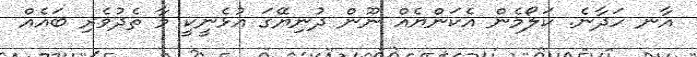
އާނ ހަދާނެ. ކަލޯމެން އެކަންޔެއް ނޫން ދުނިޔޭގަ އުޅެނީކީ މާ ތެދުވެރި ބައެެއް